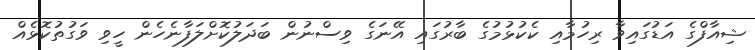
ޝިއާފްގެ އަޑުގައިވާ ރިހުމާއި ކެކުޅުމުގެ ބާރުގައި އޭނަގެ ވިސްނުން ބަދަލުކޮށްލަފާނެހެން ހީވި ވަގުތުކޮޅެއް